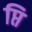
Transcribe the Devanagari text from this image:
प्ति